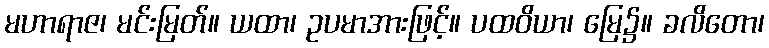
မဟာရာဇ၊ မင်းမြတ်။ ယထာ၊ ဥပမာအားဖြင့်။ ပထဝိယာ၊ မြေ၌။ ခလိတော၊